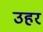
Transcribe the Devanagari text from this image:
उहर